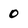
Character: 0